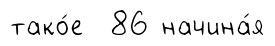
тако́е 86 начина́я